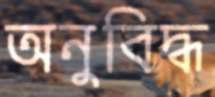
অনুবিদ্ধ